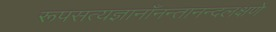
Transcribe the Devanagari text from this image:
रूपसत्यज्ञानाँनन्तानन्दलक्षणे